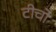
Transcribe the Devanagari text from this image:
टीचो